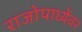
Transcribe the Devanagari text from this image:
राजोपाध्येंवर